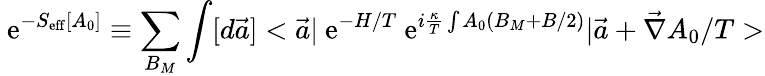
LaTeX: \mathrm{~e}^{-S_{\mathrm{eff}}[A_{0}]}\equiv\sum_{B_{M}}\int[d\vec{a}]<\vec{a}\vert\mathrm{~e}^{-H/T}\mathrm{~e}^{i\frac{\kappa}{T}\int A_{0}(B_{M}+B/2)}\vert\vec{a}+\vec{\nabla}A_{0}/T>